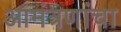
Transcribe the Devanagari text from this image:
आमंत्रणांचा